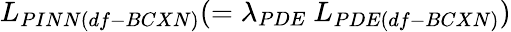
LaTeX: L_{PINN(df-BCXN)}(=\lambda_{PDE}~L_{PDE(df-BCXN)})